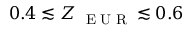
0 . 4 \lesssim Z _ { \mathrm { ~ \tiny ~ E ~ U ~ R ~ } } \lesssim 0 . 6